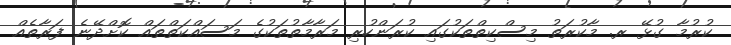
ކުރުމާ ގުޅޭ ރ. މާކުރަތު މިސްކިތްތަކުގައި ކުރަންހުރި މަރާމާތުތަކުގެ މަސައްކަތްތައް ކޮށްދޭނެ ފަރާތެއް